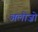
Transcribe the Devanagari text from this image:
अलोज़ो